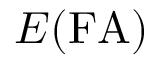
E ( \mathrm { F A } )